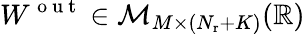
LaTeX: W^{\mathrm{~o~u~t~}}\in{\cal M}_{M\times(N_{\mathrm{r}}+K)}(\mathbb{R})